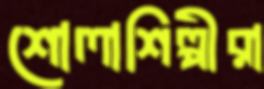
শোলাশিল্পীরা